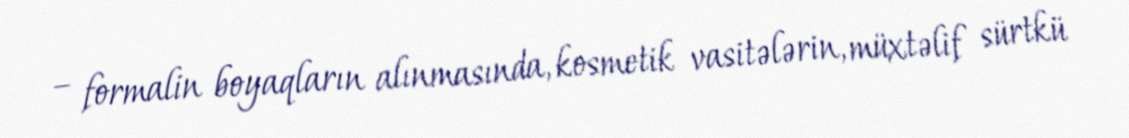
− formalin boyaqların alınmasında, kosmetik vasitələrin, müxtəlif sürtkü